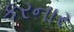
કરનાર